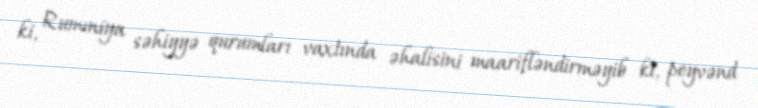
ki, Rumıniya səhiyyə qurumları vaxtında əhalisini maarifləndirməyib ki, peyvənd